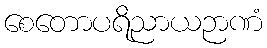
စေတောပရိညာယဉာဏံ